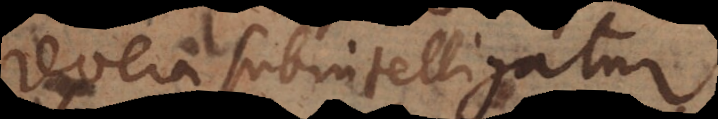
revera subintelligatur.